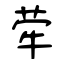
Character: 荦